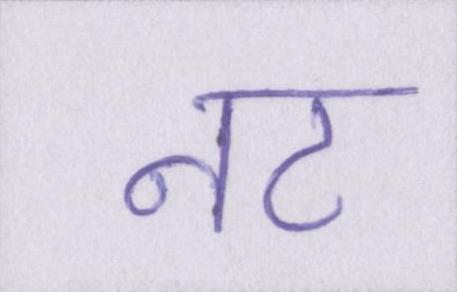
नट